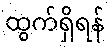
ထွက်ရှိရန်